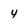
Character: 4